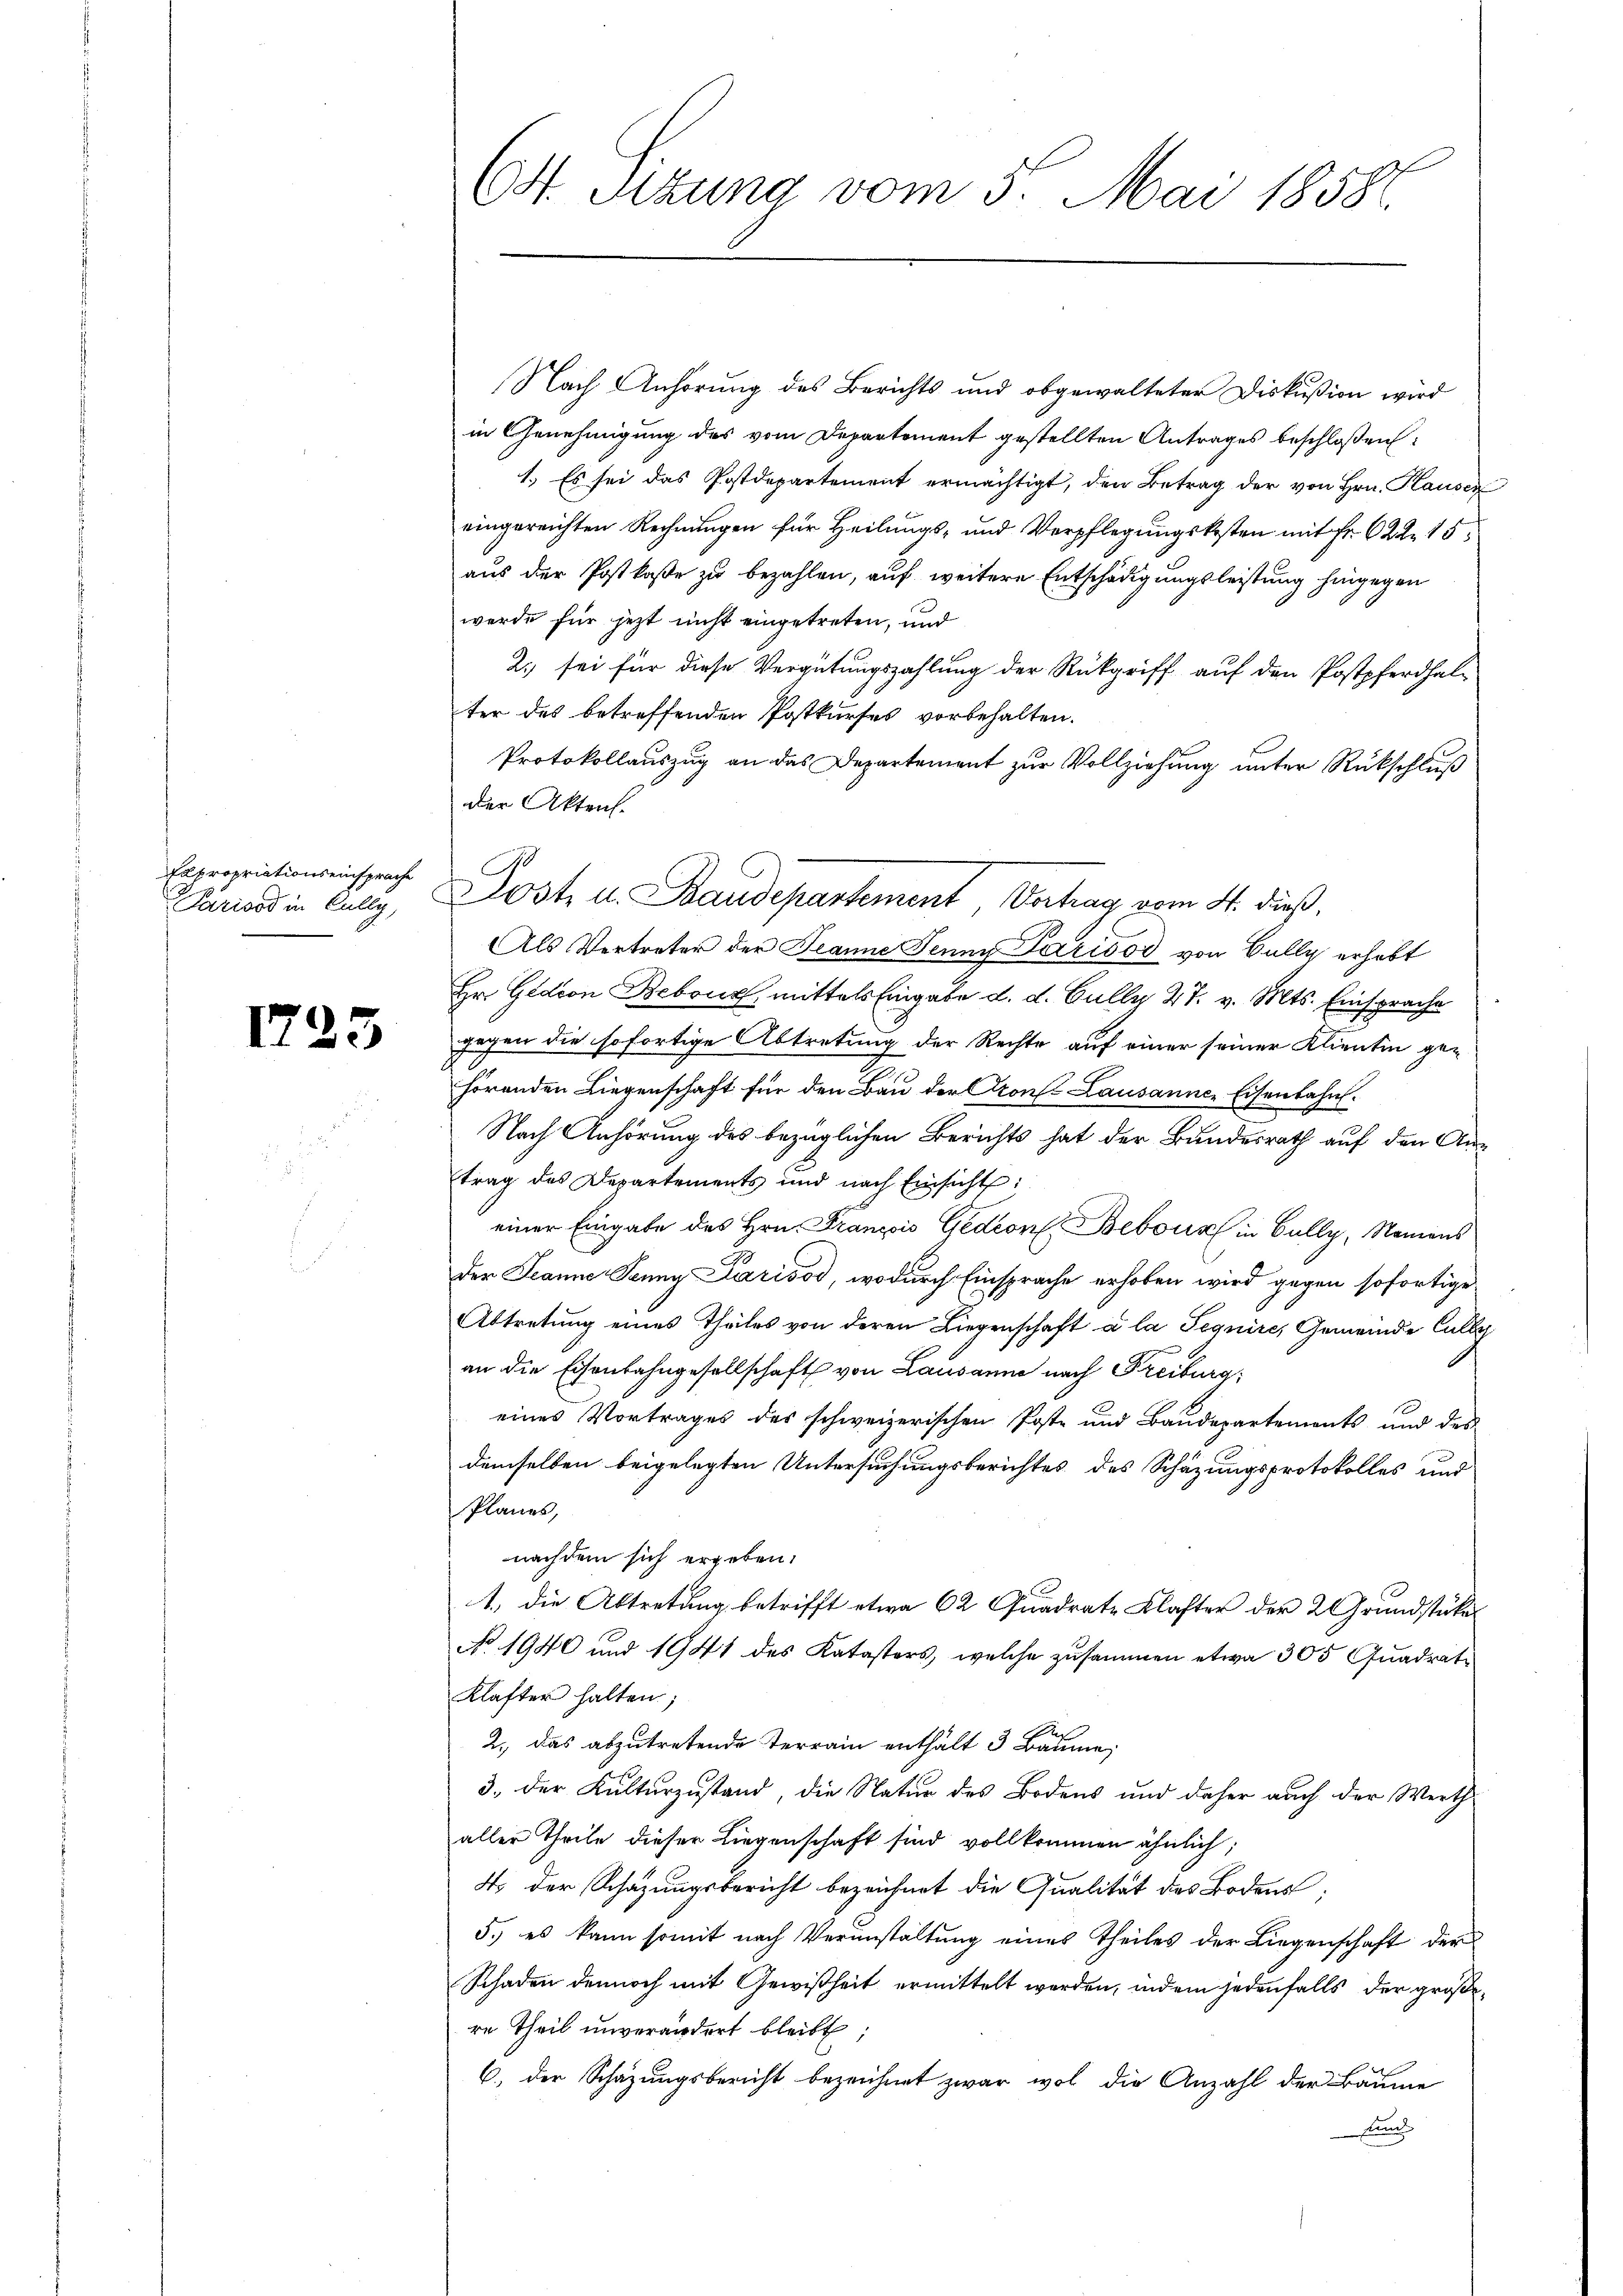
Expropriationseinsprache
Parisod in Cully,

1723

Ct. Sizung vom 5. Mai 1858.

Nach Anhörung des Berichts und obgewalteter Diskußion wird
in Genehmigung des vom Departement gestellten Antrages beschloßen:
1. Es sei das Postdepartement ermächtigt, den Betrag der von Hrn. Hausen
eingereichten Rechnungen für Heilungs- und Verpflegungskosten mit Fr. 622. 15
aus der Postkasse zu bezahlen, auf weitere Entschädigungsleistung hingegen
werde für jezt nicht eingetreten, und
2.) sei für diese Vergütungszahlung der Rückgriff auf den Postpferdhalter des betreffenden Postkurses vorbehalten.
Protokollauszug an das Departement zur Vollziehung unter Rückschluß
der Aktens.
Als Vertreter der Jeanne Jenny Parisos von Bally erhebt
Hr. Gedion Bebour, mittels Eingabe d. d. Gully 27. v. Mts. Einsprache
gegen die sofortige Abtretung der Rechte auf einer seiner Klientin gehörenden Liegenschaft für den Bau der Krons Lausanne Eisenbahn.
Nach Anhörung des bezüglichen Berichts hat der Bundesrath auf den Austrag des Departements und nach Einsicht:
einer Eingabe des Hrn. Franzis Gediorl. Bebours in Gully, Namens
Der Jeanne Sonna Parisod, wodurch Einsprache erhoben wird gegen sofortige
Abtretung eines Theiles von deren Liegenschaft a la Sequire, Gemeinde Cally
an die Eisenbahngesellschaft von Lausanne nach Freiburg,
eines Vortrages des schweizerischen Poste und Baudepartements und des
demselben beigelegten Untersuchungsberichtes des Schazungsprotokolles und
Planes,
nachdem sich ergeben.
1.) Die Abtretung betrifft etwa 62 Quadrate Klafter der 2 Grundstücke
No 1940 und 1941 des Katasters, welche zusammen etwa 305 Quadrat
Klafter halten;
2., das abzutretende Terrain enthält 3 Bäume,
3. Der Kulturzustand, die Natur des Bodens und daher auch der Werth
aller Theile dieser Liegenschaft sind vollkommen ähnlich;
4. Der Schazungsbericht bezeichnet die Qualität des Bodens;
5.) es kann somit nach Verunstaltung eines Theiles der Liegenschaft der
Schaden dennoch mit Gewißheit ermittelt werden, indem jedenfalls der größere Theil unverändert bleibt;
6.) Der Schazungsbericht bezeichnet zwar wol die Anzahl der Bäume
And

.

Jost u. Staudepartement, Vertrag vom 4. dieß,